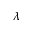
\lambda